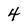
Character: 4